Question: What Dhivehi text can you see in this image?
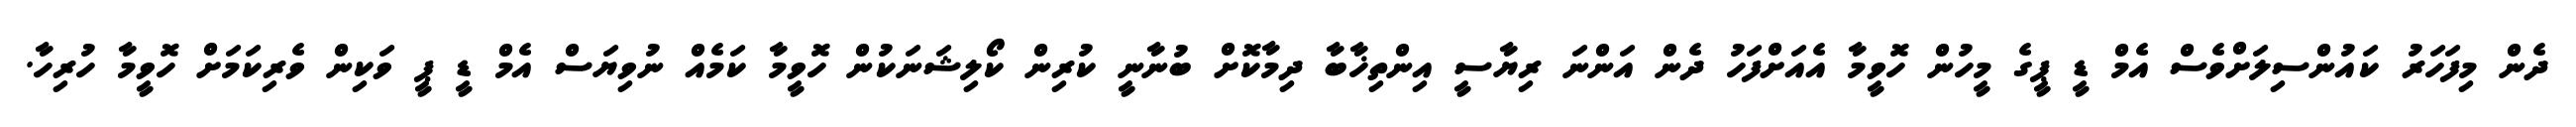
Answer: ދެން މިފަހަރު ކައުންސިލަށްވެސް އެމް ޑީ ޕީގެ މީހުން ހޮވީމާ އެއަށްފަހު ދެން އަންނަ ރިޔާސީ އިންތިޚާބާ ދިމާކޮށް ބުނާނީ ކުރިން ކޯލިޝަނަކުން ހޮވީމާ ކަމެއް ނުވިޔަސް އެމް ޑީ ޕީ ވަކިން ވެރިކަމަށް ހޮވީމާ ހުރިހާ.